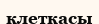
клеткасы